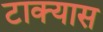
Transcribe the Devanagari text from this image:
टाक्यास